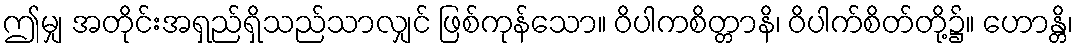
ဤမျှ အတိုင်းအရှည်ရှိသည်သာလျှင် ဖြစ်ကုန်သော။ ဝိပါကစိတ္တာနိ၊ ဝိပါက်စိတ်တို့၌။ ဟောန္တိ၊